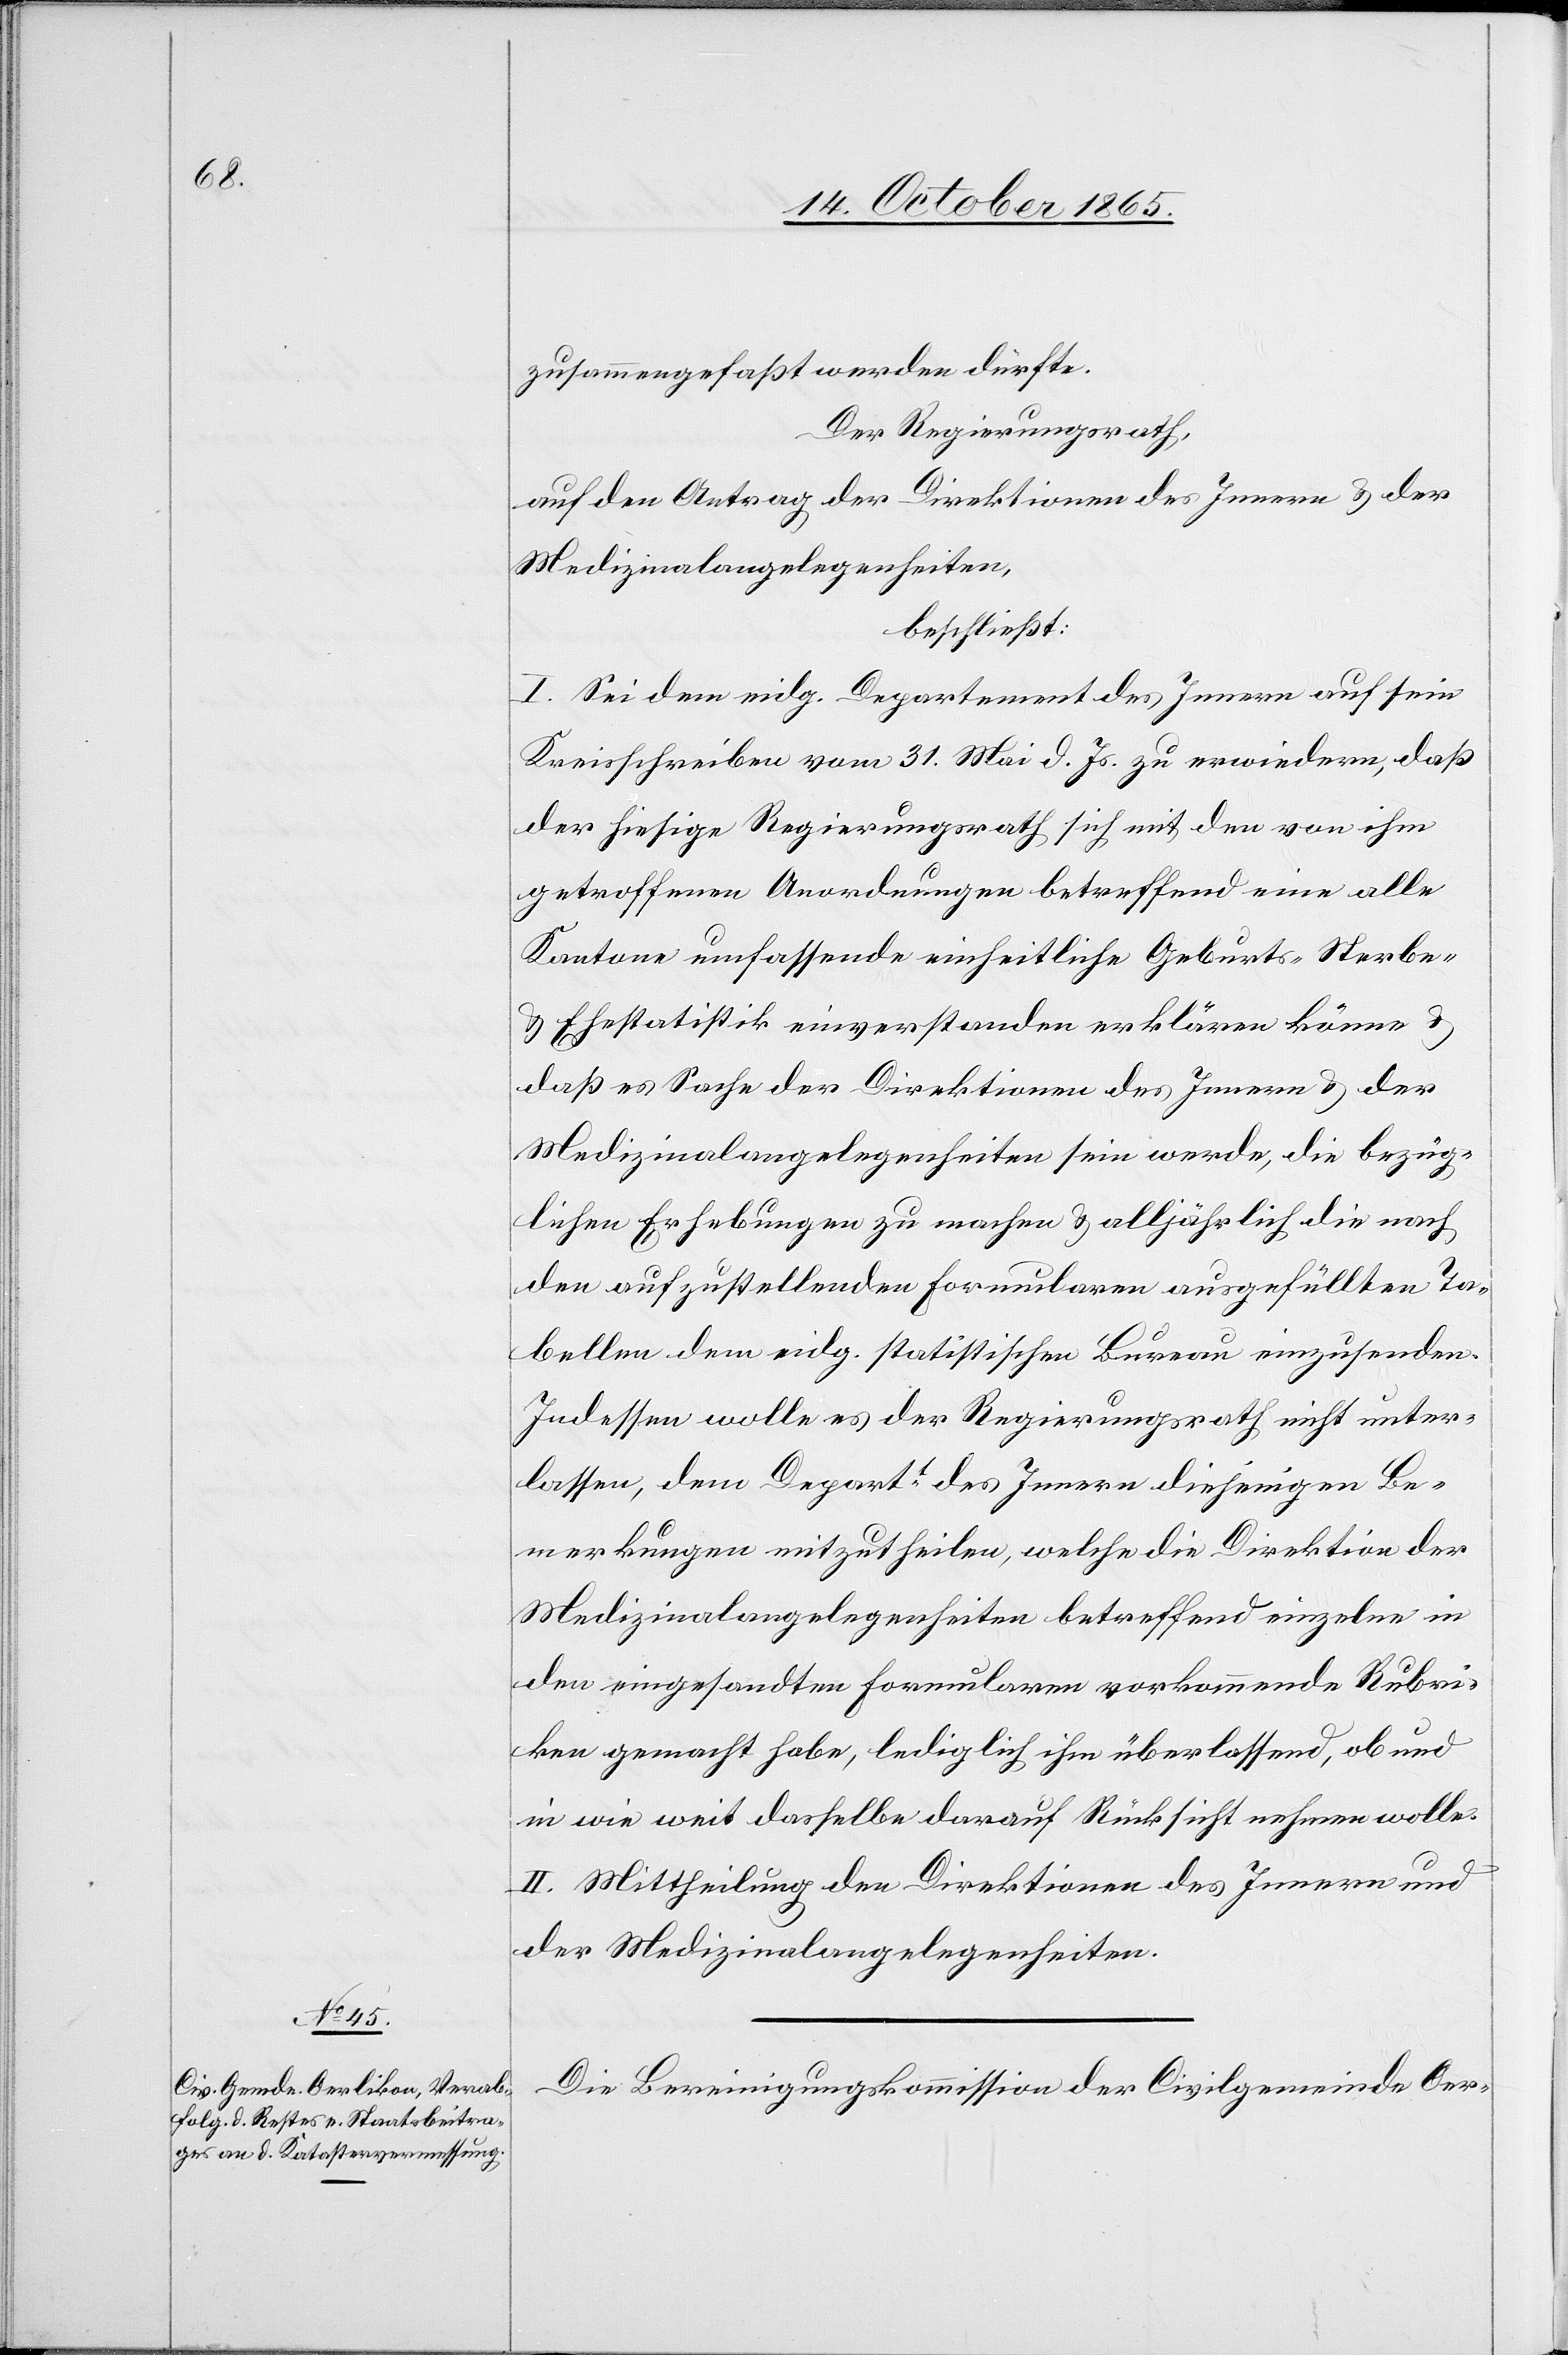
zusammengefaßt werden dürfte.
Der Regierungsrath,
auf den Antrag der Direktionen des Innern & der
Medizinalangelegenheiten,
beschließt:
I. Sei dem eidg. Departement des Innern auf sein
Kreisschreiben vom 31. Mai d. Js. zu erwiedern, daß
der hiesige Regierungsrath sich mit den von ihm
getroffenen Anordnungen betreffend eine alle
Kantone umfassende einheitliche Geburts-[,] Sterbe-
Ehestatistik einverstanden erklären könne &
daß es Sache der Direktionen des Innern & der
Medizinalangelegenheiten sein werde, die bezüg¬
lichen Erhebungen zu machen & alljährlich die nach
den aufzustellenden Formularen ausgefüllten Ta¬
bellen dem eidg. statistischen Bureau einzusenden.
Indessen wolle es der Regierungsrath nicht unter¬
lassen, dem Departt des Innern diejenigen Be¬
merkungen mitzutheilen, welche die Direktion der
Medizinalangelegenheiten betreffend einzelne in
den eingesandten Formularen vorkommende Rubri¬
ken gemacht habe, lediglich ihm überlassend, ob und
in wie weit dasselbe darauf Rücksicht nehmen wolle.
II. Mittheilung den Direktionen des Innern und
der Medizinalangelegenheiten.
Die Bereinigungskommission der Civilgemeinde Oer-